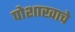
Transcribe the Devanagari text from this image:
पोशाखाचे